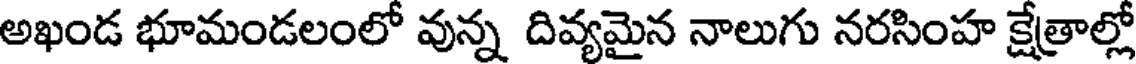
అఖండ భూమండలంలో వున్న దివ్యమైన నాలుగు నరసింహ క్షేత్రాల్లో